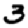
Digit: 3